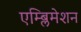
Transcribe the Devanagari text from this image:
एम्ब्लिमेशन